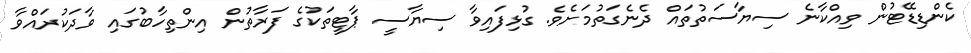
ކެންޑިޑޭޓުން ވިއްކާނެ ސިޔާސަތުތައް ދެނެގަތުމަށެވެ. ގުޅިފައިވާ ސިޔާސީ ޕާޓީތަކުގެ ފަރާތުން އިންތިހާބުގައި ވާދަކުރައްވާ